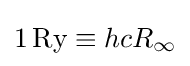
1\,{\text{Ry}}\equiv hcR_{\infty }